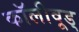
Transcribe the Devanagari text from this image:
कॉलीवूड्